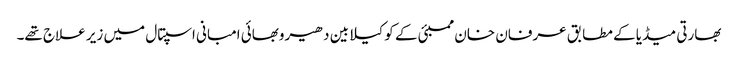
بھارتی میڈیا کے مطابق عرفان خان ممبئی کے کوکیلابین دھیروبھائی امبانی اسپتال میں زیر علاج تھے۔